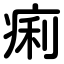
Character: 痢